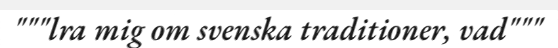
"""lra mig om svenska traditioner, vad"""